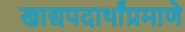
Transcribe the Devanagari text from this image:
खाद्यपदार्थांप्रमाणे